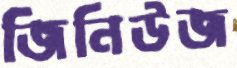
জিনিউজ